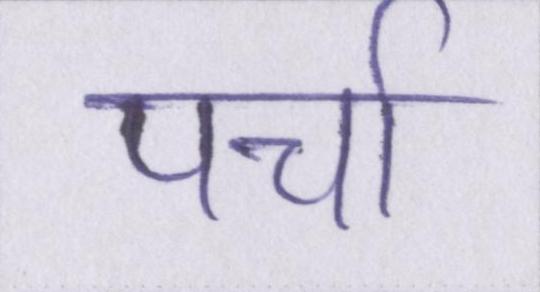
पर्चा